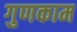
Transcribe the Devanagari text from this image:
गुणकाम